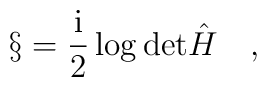
\S=\frac{\mbox{i}}{2}\log\mbox{det}{\hat H}\quad,